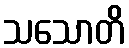
သသောတိ